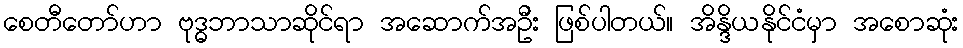
စေတီတော်ဟာ ဗုဒ္ဓဘာသာဆိုင်ရာ အဆောက်အဦး ဖြစ်ပါတယ်။ အိန္ဒိယနိုင်ငံမှာ အစောဆုံး